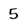
Character: 5